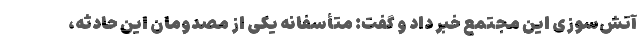
آتش‌سوزی این مجتمع خبر داد و گفت: متأسفانه یکی از مصدومان این حادثه،